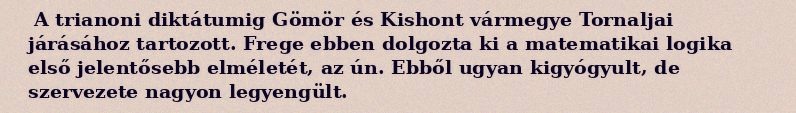
A trianoni diktátumig Gömör és Kishont vármegye Tornaljai járásához tartozott. Frege ebben dolgozta ki a matematikai logika első jelentősebb elméletét, az ún. Ebből ugyan kigyógyult, de szervezete nagyon legyengült.